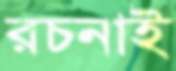
রচনাই